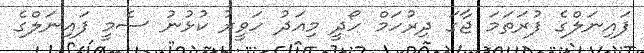
ފައިނަލްގެ ފުރަތަމަ ޖާގަ ދިރުހަމް ހޯދީ މިއަދު ހަވީރު ކުޅުނު ސެމީ ފައިނަލްގެ